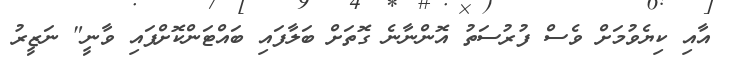
އާއި ކިޔެވުމަށް ވެސް ފުރުސަތު އޮންނާނެ ގޮތަށް ބަލާފައި ބައްޓަންކޮށްފައި ވާނީ" ނަޒީރު